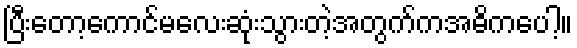
ပြီးတော့ကောင်မလေးဆုံးသွားတဲ့အတွက်ကအဓိကပေါ့။